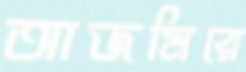
আজমিরে